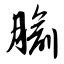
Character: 腧